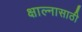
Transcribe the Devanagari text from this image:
क्षाल्नासाठी